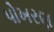
પોખરણ